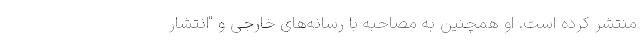
منتشر کرده است. او همچنین به مصاحبه با رسانه‌های خارجی و "انتشار